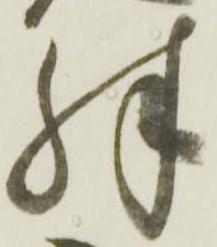
殊